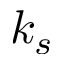
k _ { s }